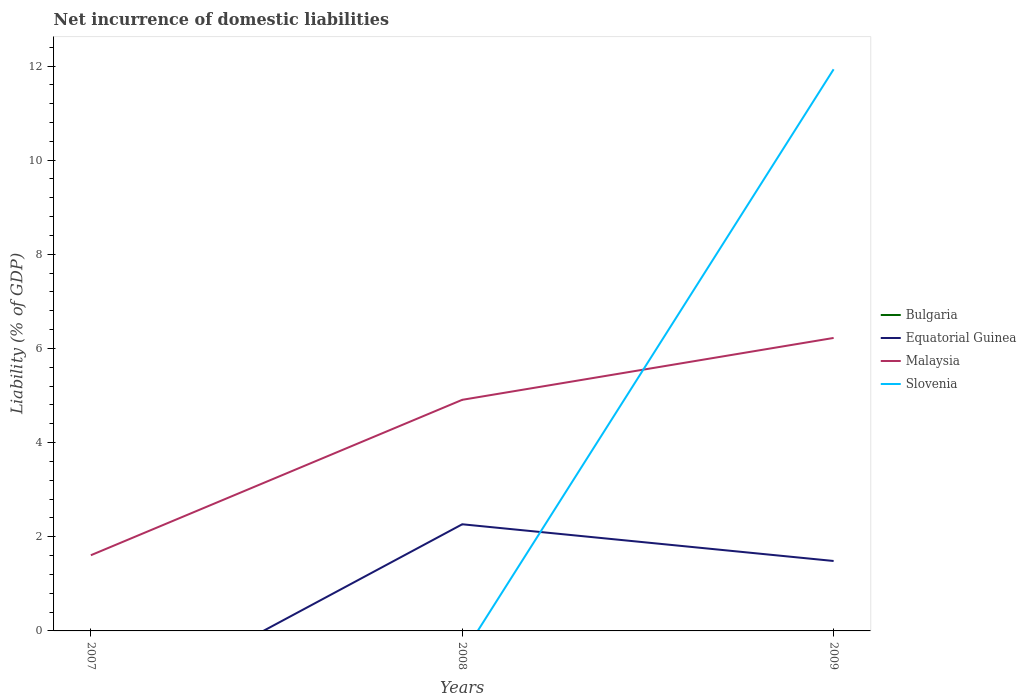
| Years | Bulgaria | Equatorial Guinea | Malaysia | Slovenia |
 | --- | --- | --- | --- | --- |
 | 2007 | -0.494 | -1.96 | 1.61 | -0.574 |
 | 2008 | -0.443 | 2.27 | 4.91 | -0.518 |
 | 2009 | -0.358 | 1.49 | 6.22 | 11.9 |